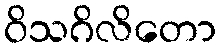
ဝိသဂိလိတော